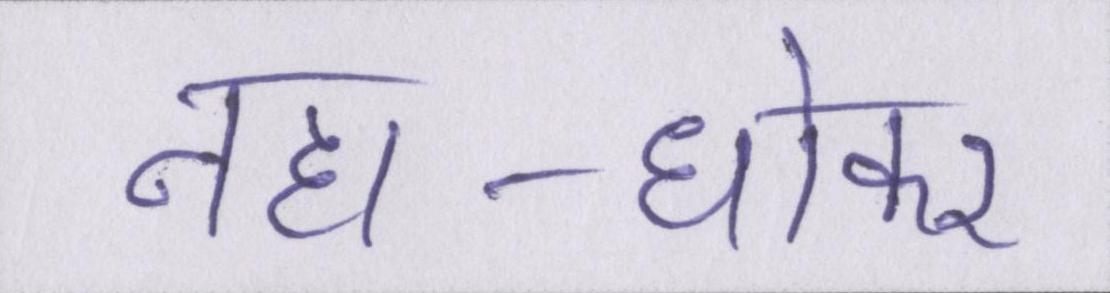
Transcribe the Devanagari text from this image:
नहा-धोकर